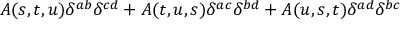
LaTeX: A ( s , t , u ) \delta ^ { a b } \delta ^ { c d } + A ( t , u , s ) \delta ^ { a c } \delta ^ { b d } + A ( u , s , t ) \delta ^ { a d } \delta ^ { b c }